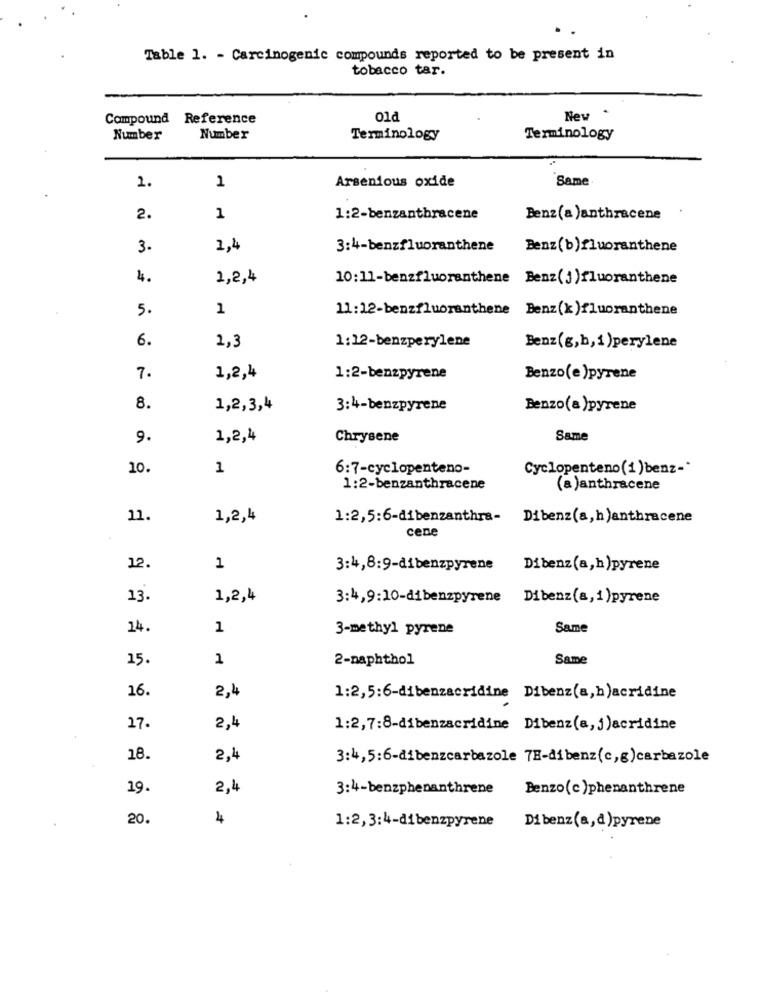
Table 1. - Carcinogenic compounds reported to be present in
tobacco tar.
Compound Reference
01d
New
Number
Number
Terminology
Terminology
1
Arsenious oxide
Same
2.
2.
1
1:2-benzantbracene
Benz(a )anthracene
3.
1,4
3:4-benzfluoranthene
Benz(b)fluoranthene
4.
2,2,4
10:11-benzfluoranthene Benz (j) fluoranthene
5.
1
11:12-benzfluoranthene Benz(x)fluoranthene
6.
2,3
1:12-benzperylene
Benz(g,h, i)perylene
7.
1,2,4
1:2-benzpyrene
Benzo(e )pyrene
8.
1,2,3,4
3:4-benzpyrene
Benzo(a )pyrene
9.
1,2,4
Chrysene
Same
10
1
6:7-cyclopenteno-
Cyclopenteno(1)benz-"
1:2-benzanthracene
(a )anthracene
11.
1,2,4
1:2,5:6-dibenzanthra-
Dibenz(a, h)anthracene
cene
12.
1
3:4,8:9-dibenzpyrene
Dibenz(a,h)pyrene
13.
1,2,4
3:4,9:10-dibenzpyrene
Dibenz(a, i )pyrene
14.
1
3-methyl pyrene
Same
15.
1
2-naphthol
Same
16.
2,4
1:2,5:6-dibenzacridine Dibenz(a, b)acridine
27
2,4
1:2,7:8-dibenzacridine
Dibenz(a, j)acridine
18.
2,4
3:4,5:6-dibenzcarbazole 7H-dibenz(c,g)carbazole
19.
2,4
3:4-benzphenanthrene
Benzo(c )phenanthrene
20.
4
Di benz(a, d)pyrene
1:2, 3:4-dibenzpyrene